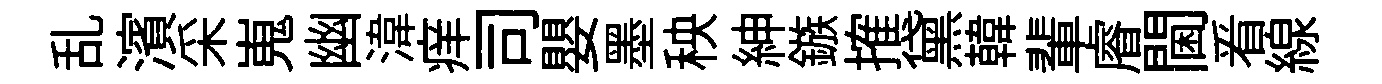
乱濱采嵬幽湋痒司嬰墨秧紳鏃搉黛韓輩𥈠閫㸔線